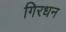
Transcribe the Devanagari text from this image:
गिरधन